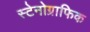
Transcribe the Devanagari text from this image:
स्टेनोग्राफिक